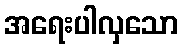
အရေးပါလှသော